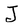
Character: J